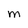
Character: M